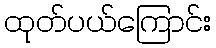
ထုတ်ပယ်ကြောင်း